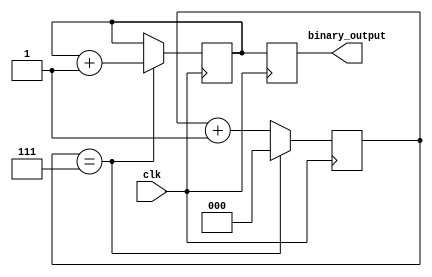
module binary_clock_divider (
  input clk, // Input clock signal
  output reg [2:0] binary_output // Binary output for the clock
);

reg [2:0] counter; // Counter to increment the clock divider
reg [2:0] state; // Register to store the current state of the clock divider

always @(posedge clk) begin
  // Increment the counter at each clock cycle
  counter <= counter + 1;

  // Comparison logic to determine when to reset the counter and update the register
  if (counter == 3'b111) begin
    state <= state + 1;
    counter <= 0;
  end
end

always @(posedge clk) begin
  // Synchronization elements to ensure proper functioning of the clock divider
  // across different clock domains and avoid any glitches or race conditions
  binary_output <= state;
end

endmodule